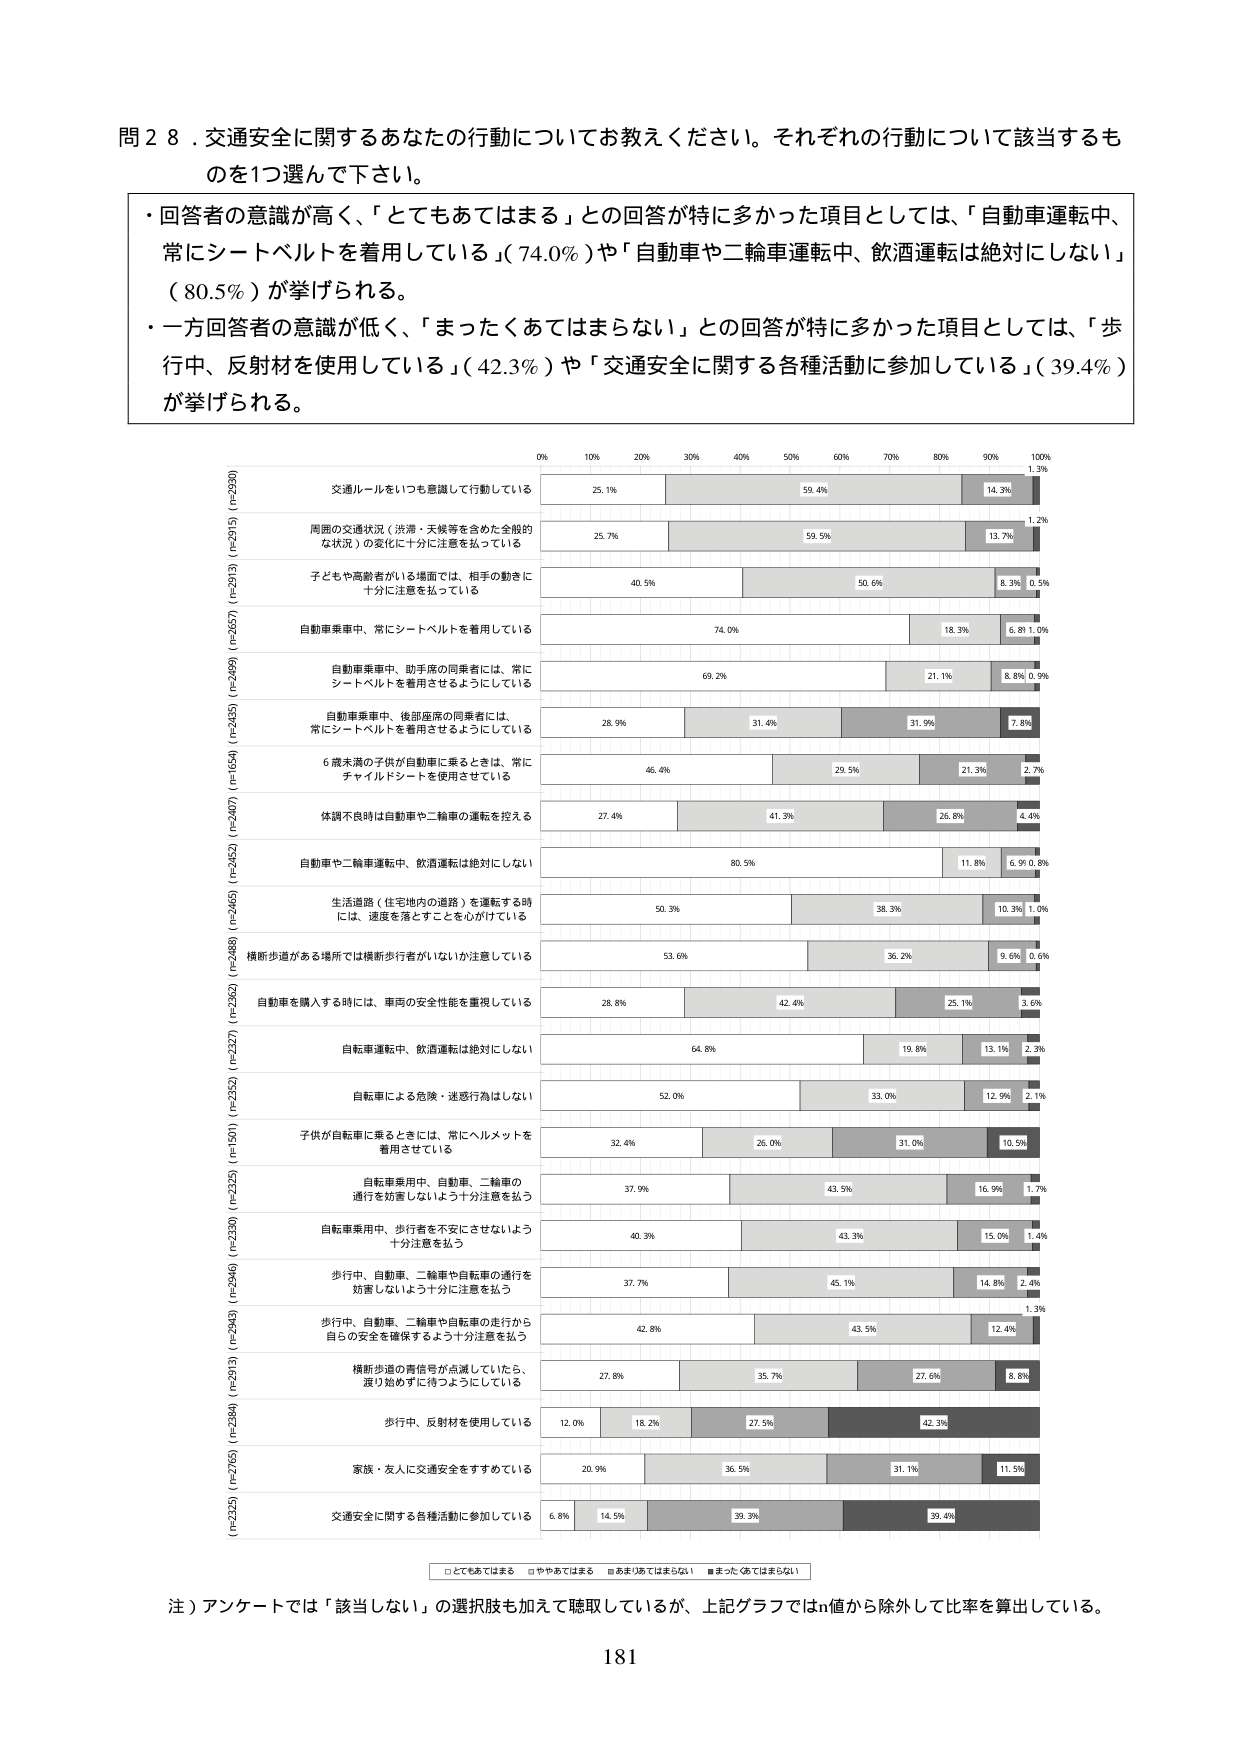
問２８．交通安全に関するあなたの行動についてお教えください。それぞれの行動について該当するものを1つ選んで下さい。

・回答者の意識が高く、「とてもあてはまる」との回答が特に多かった項目としては、「自動車運転中、常にシートベルトを着用している」（74.0％）や「自動車や二輪車運転中、飲酒運転は絶対にしない」（80.5％）が挙げられる。
・一方回答者の意識が低く、「まったくあてはまらない」との回答が特に多かった項目としては、「歩行中、反射材を使用している」（42.3％）や「交通安全に関する各種活動に参加している」（39.4％）が挙げられる。

0% 10% 20% 30% 40% 50% 60% 70% 80% 90% 100%
交通ルールをいつも意識して行動している 25.1% 59.4% 14.3% 1.2%
周囲の交通状況（渋滞・天候等を含めた全般的な状況）の変化に十分に注意を払っている 25.7% 59.5% 13.7% 1.0%
子どもや高齢者がいる場面では、相手の動きに十分に注意を払っている 40.5% 50.6% 8.3% 0.5%
自動車乗車中、常にシートベルトを着用している 74.0% 18.3% 6.8% 1.0%
自動車乗車中、助手席の同乗者には、常にシートベルトを着用させるようにしている 69.2% 21.1% 8.8% 0.9%
自動車乗車中、後部座席の同乗者には、常にシートベルトを着用させるようにしている 28.9% 31.4% 31.9% 7.8%
6歳未満の子供が自動車に乗るときは、常にチャイルドシートを使用させている 46.4% 29.5% 21.3% 2.7%
体調不良時は自動車や二輪車の運転を控える 27.4% 41.3% 26.8% 4.4%
自動車や二輪車運転中、飲酒運転は絶対にしない 80.5% 11.8% 6.9% 0.8%
生活道路（住宅地内の道路）を運転する時には、速度を落とすことを心がけている 50.3% 38.3% 10.3% 1.0%
横断歩道がある場所では横断歩行者がいないか注意している 53.6% 36.2% 9.6% 0.6%
自動車を購入する時には、車両の安全性を重視している 28.8% 42.6% 25.1% 3.6%
自転車運転中、飲酒運転は絶対にしない 64.8% 10.8% 13.1% 2.3%
自転車による危険・迷惑行為はしない 52.0% 33.0% 12.9% 2.1%
子供が自転車に乗るときには、常にヘルメットを着用させている 32.4% 26.0% 31.0% 10.5%
自転車乗用中、自動車、二輪車の通行を妨害しないよう十分注意を払う 37.9% 43.5% 16.9% 1.7%
自転車乗用中、歩行者を不安にさせないよう十分注意を払う 40.3% 43.3% 15.0% 1.4%
歩行中、自動車、二輪車や自転車の通行を妨害しないよう十分に注意を払う 37.7% 45.1% 14.8% 2.4%
歩行中、自動車、二輪車や自転車の走行から自らの安全を確保するよう十分注意を払う 42.8% 43.5% 12.4% 1.3%
横断歩道の青信号が点滅していたら、渡り始めずに待つようにしている 27.8% 35.7% 27.6% 8.8%
歩行中、反射材を使用している 12.0% 18.2% 27.5% 42.3%
家族・友人に交通安全をすすめている 20.9% 36.5% 31.1% 11.5%
交通安全に関する各種活動に参加している 6.8% 14.5% 39.3% 39.4%

□とてもあてはまる □ややあてはまる ■あまりあてはまらない ■まったくあてはまらない

注）アンケートでは「該当しない」の選択肢も加えて聴取しているが、上記グラフではn値から除外して比率を算出している。

181